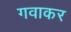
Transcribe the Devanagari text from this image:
गवाकर